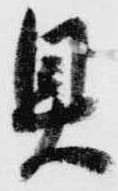
具